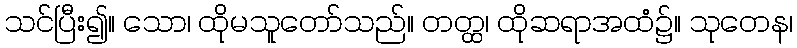
သင်ပြီး၍။ သော၊ ထိုမသူတော်သည်။ တတ္ထ၊ ထိုဆရာအထံ၌။ သုတေန၊